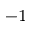
^ { - 1 }